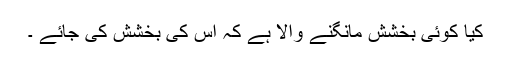
کیا کوئی بخشش مانگنے والا ہے کہ اس کی بخشش کی جائے ۔